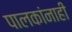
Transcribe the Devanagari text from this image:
पालकांनाही